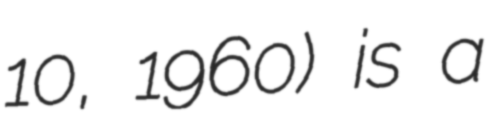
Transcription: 10, 1960) is a